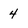
Character: 4